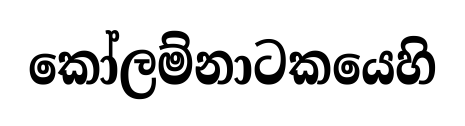
කෝලම්නාටකයෙහි